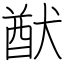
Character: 猷